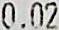
0.02